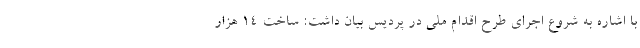
با اشاره به شروع اجرای طرح اقدام ملی در پردیس بیان داشت: ساخت 14 هزار